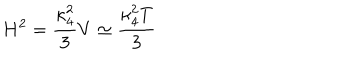
LaTeX: H ^ { 2 } = \frac { \kappa _ { 4 } ^ { 2 } } { 3 } V \simeq \frac { \kappa _ { 4 } ^ { 2 } T } { 3 }